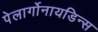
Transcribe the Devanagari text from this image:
पेलार्गोनायडिन्स